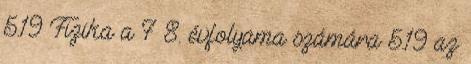
5.19 Fizika a 7 8. évfolyama számára 5.19 az